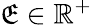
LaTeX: \mathfrak{E}\in\mathbb{{R}}^{+}